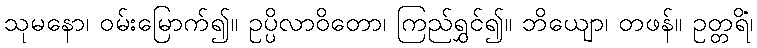
သုမနော၊ ဝမ်းမြောက်၍။ ဥပ္ပိလာဝိတော၊ ကြည်ရွှင်၍။ ဘိယျော၊ တဖန်။ ဥတ္တရိံ၊